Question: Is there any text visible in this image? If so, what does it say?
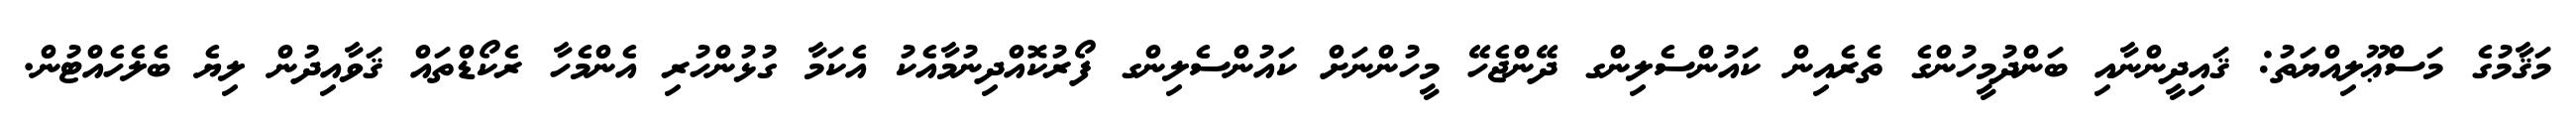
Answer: މަޤާމުގެ މަސްޢޫލިއްޔަތު: ޤައިދީންނާއި ބަންދުމީހުންގެ ތެރެއިން ކައުންސެލިންގ ދޭންޖެހޭ މީހުންނަށް ކައުންސެލިންގ ފޯރުކޮއްދިނުމާއެކު އެކަމާ ގުޅުންހުރި އެންމެހާ ރެކޯޑްތައް ޤަވާއިދުން ލިޔެ ބެލެހެއްޓުން.